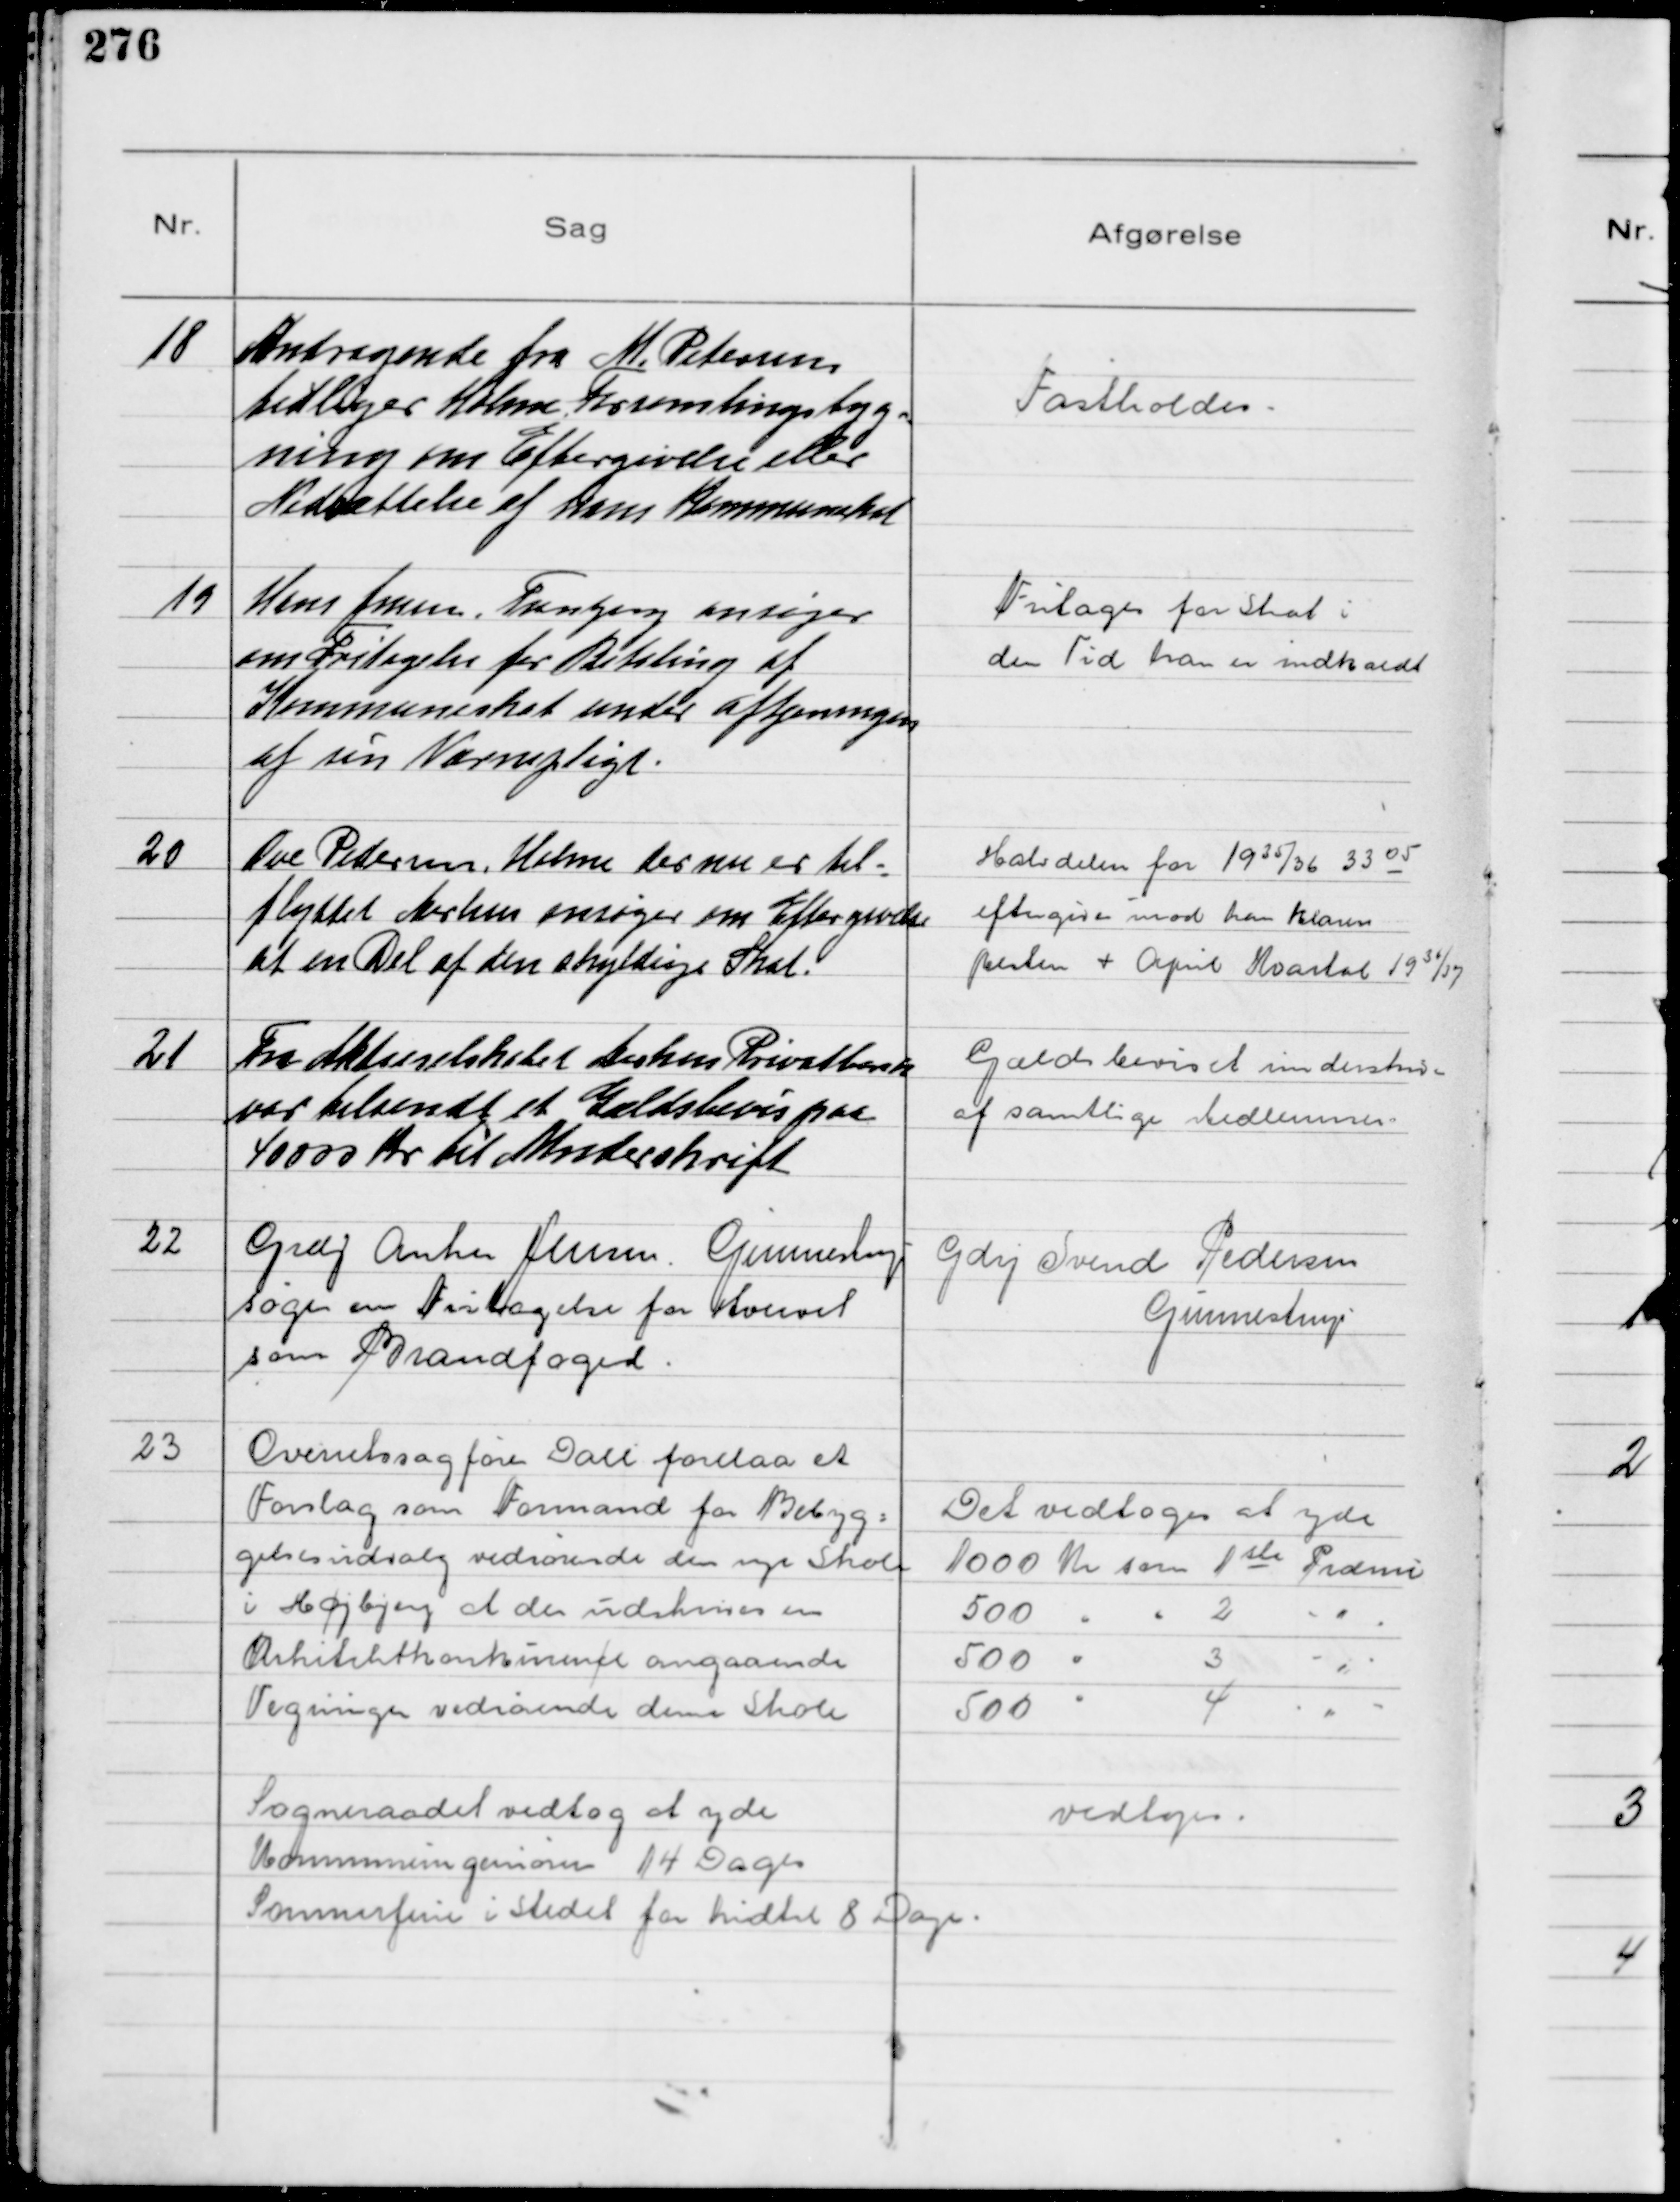
Transskription:
18
Andragende fra M. Petersen
tidliger Holme Forsamlingsbyg-
ning om Eftergivelse eller
Nedsættelse af hans Kommuneskat

Fastholdes

19
Hans Jensen, Tranbjerg ansøger
om Fritagelse for Betaling af
Kommuneskat under aftjeningen
af sin Værnepligt

Fritages for skat i
den Tid han er indkaldt

20
Ove Pedersen, Holme der nu er til-
flyttet Aarhus ansøger om Eftergivelse
af en Del af den skyldige Skat.

Halvdelen for 1935/36 33 05
eftergives imod han klarer
Resten + April Kvartal 1936/37

21
Fra Aktieselskabet Aarhus Privatbank
var tilsendt et Gældsbevis paa
40000 Kr til Underskrift

Gældsbeviset underskrives
af samtlige Medlemmer

22
Grdj Anker Jensen Gunnestrup
søger om Fritagelse for Hvervet
som Brandfoged

Gdrj Svend Pedersen
Gunnestrup

23
Overretssagfører Dall forelaa et
Forslag som Formand for Bebyg-
gelsesudvalg vedrørende den nye Skole
i Højbjerg at der udskrives en
Arkitektkonkurrence angaaende
Tegninger vedrørende denne Skole

Det vedtoges at yde
1000 Kr som 1ste Præmie
500 " " 2 "
500  " 3 "
500  " 4 "

Sogneraadet vedtog at yde
Kommuneingeniøren 14 Dages
Sommerferie i Stedet for hidtil 8 Dage

vedtoges